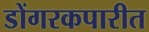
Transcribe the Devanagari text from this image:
डोंगरकपारीत